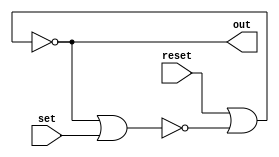
module latch(out, reset, set);

    input reset, set;
    output out;
    wire s1;
    nor setter(s1, out, set);
    nor resetter(out, reset, s1);

endmodule